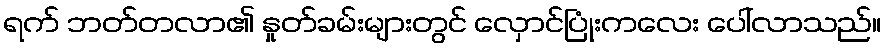
ရက် ဘတ်တလာ၏ နှုတ်ခမ်းများတွင် လှောင်ပြုံးကလေး ပေါ်လာသည်။